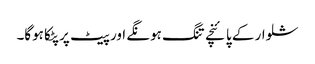
شلوار کے پائنچے تنگ ہونگے اور پیٹ پر پٹکا ہوگا۔